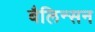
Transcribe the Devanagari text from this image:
बैलिन्सन